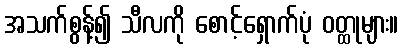
အသက်စွန့်၍ သီလကို စောင့်ရှောက်ပုံ ဝတ္ထုများ။